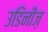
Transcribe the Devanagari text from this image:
उडिनीज़